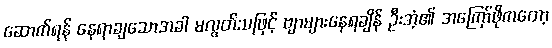
ဆောက်ရန် နေရာချသောအခါ မလွတ်သဖြင့် ဗျာများနေရချိန် ဦးအံ့၏ အကြော်ဖိုကတော့